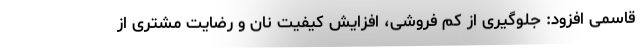
قاسمی افزود: جلوگیری از کم فروشی، افزایش کیفیت نان و رضایت مشتری از